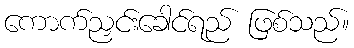
ကောက်ညှင်းခေါင်ရည် ဖြစ်သည်။